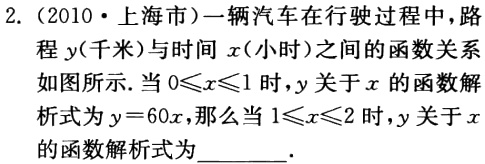
2.（2010·上海市）一辆汽车在行驶过程中，路程$y$(千米)与时间$x$(小时)之间的函数关系如图所示.当$0\leqslant x\leqslant1$时，$y$关于$x$的函数解析式为$y = 60x$，那么当$1\leqslant x\leqslant2$时，$y$关于$x$的函数解析式为______.